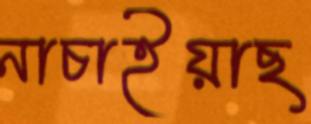
নাচাইয়াছ